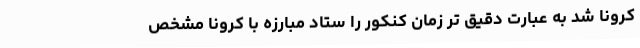
کرونا شد به عبارت دقیق تر زمان کنکور را ستاد مبارزه با کرونا مشخص